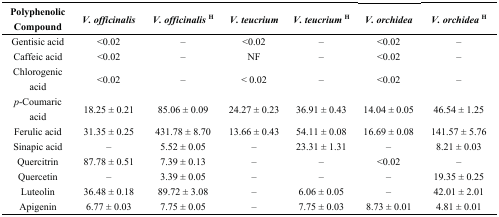
<table><thead><tr><td><b>Polyphenolic Compound</b></td><td><b><i>V. officinalis</i></b></td><td><b><i>V. officinalis</i><sup>H</sup></b></td><td><b><i>V. teucrium</i></b></td><td><b><i>V. teucrium</i><sup>H</sup></b></td><td><b><i>V. orchidea</i></b></td><td><b><i>V. orchidea</i><sup>H</sup></b></td></tr></thead><tbody><tr><td>Gentisic acid</td><td>&lt;0.02</td><td>–</td><td>&lt;0.02</td><td>–</td><td>&lt;0.02</td><td>–</td></tr><tr><td>Caffeic acid</td><td>&lt;0.02</td><td>–</td><td>NF</td><td>–</td><td>&lt;0.02</td><td>–</td></tr><tr><td>Chlorogenic acid</td><td>&lt;0.02</td><td>–</td><td>&lt; 0.02</td><td>–</td><td>&lt;0.02</td><td>–</td></tr><tr><td><i>p</i>-Coumaric acid</td><td>18.25 ± 0.21</td><td>85.06 ± 0.09</td><td>24.27 ± 0.23</td><td>36.91 ± 0.43</td><td>14.04 ± 0.05</td><td>46.54 ± 1.25</td></tr><tr><td>Ferulic acid</td><td>31.35 ± 0.25</td><td>431.78 ± 8.70</td><td>13.66 ± 0.43</td><td>54.11 ± 0.08</td><td>16.69 ± 0.08</td><td>141.57 ± 5.76</td></tr><tr><td>Sinapic acid</td><td>–</td><td>5.52 ± 0.05</td><td>–</td><td>23.31 ± 1.31</td><td>–</td><td>8.21 ± 0.03</td></tr><tr><td>Quercitrin</td><td>87.78 ± 0.51</td><td>7.39 ± 0.13</td><td>–</td><td>–</td><td>&lt;0.02</td><td>–</td></tr><tr><td>Quercetin</td><td>–</td><td>3.39 ± 0.05</td><td>–</td><td>–</td><td>–</td><td>19.35 ± 0.25</td></tr><tr><td>Luteolin</td><td>36.48 ± 0.18</td><td>89.72 ± 3.08</td><td>–</td><td>6.06 ± 0.05</td><td>–</td><td>42.01 ± 2.01</td></tr><tr><td>Apigenin</td><td>6.77 ± 0.03</td><td>7.75 ± 0.05</td><td>–</td><td>7.75 ± 0.03</td><td>8.73 ± 0.01</td><td>4.81 ± 0.01</td></tr></tbody></table>